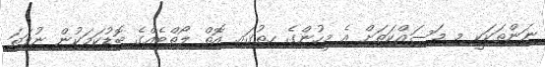
ނަންތަކަކީ މި މަސައްކަތަށް އެ މީހުންގެ ހިތުގައި އޮތް ލޯތްބެއްގެ ބޮޑުކަމަކުން ނުވަތަ